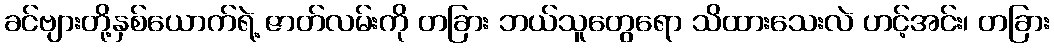
ခင်ဗျားတို့နှစ်ယောက်ရဲ့ ဇာတ်လမ်းကို တခြား ဘယ်သူတွေရော သိထားသေးလဲ ဟင့်အင်း၊ တခြား